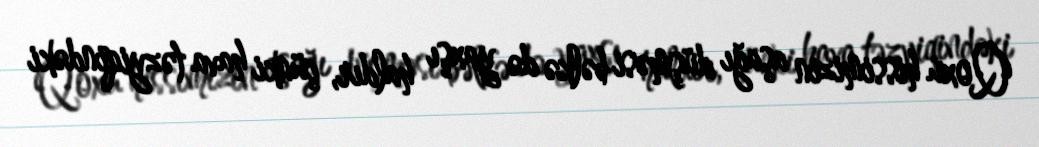
Qoxu hissimizin aşağı düşməsi bəlkə də yaxşı haldır, çünki hava təzyiqindəki